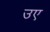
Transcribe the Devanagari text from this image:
उए